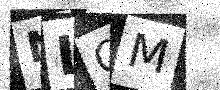
Text: NLOM